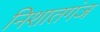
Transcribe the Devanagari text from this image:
निशातगंज